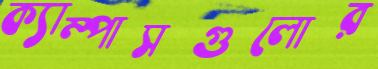
ক্যাম্পাসগুলোর